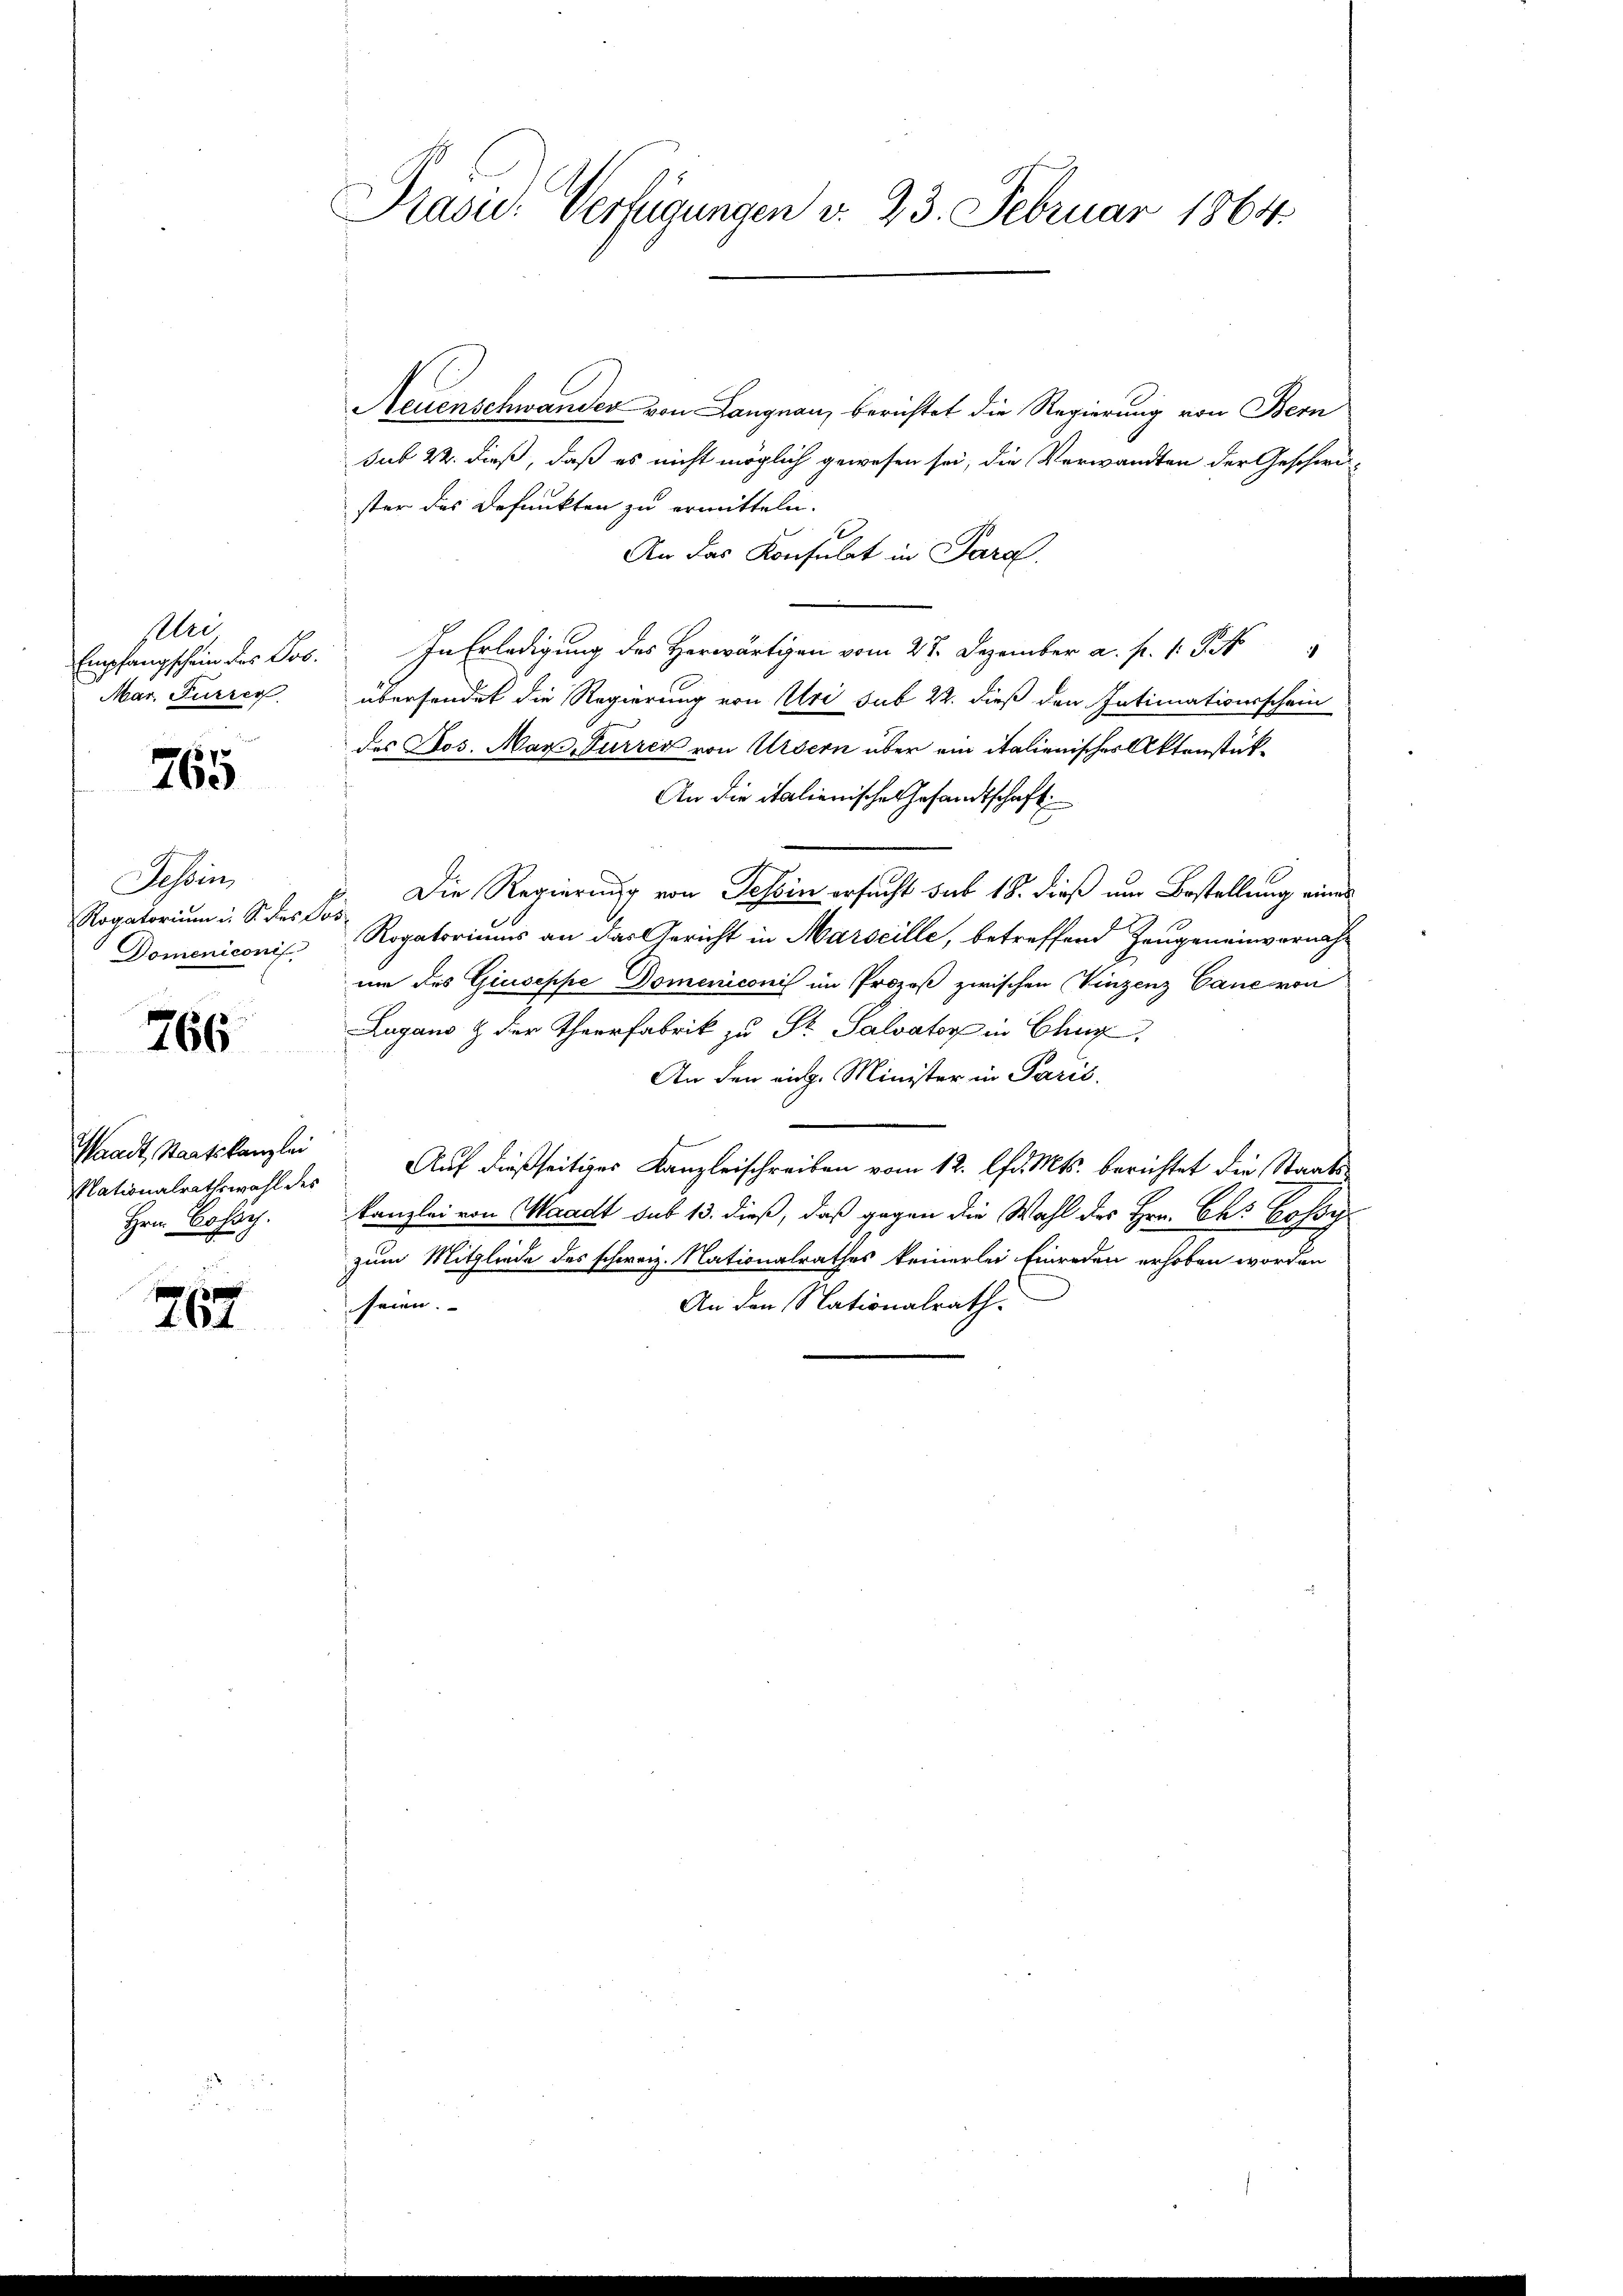
Eelio
Empfangschein des Jos.
Mar. Furrer

765

Tessin
Rogatorium in S. der Pos

766

Waadt, Staatskanzlei
Mationalrathswahl des
Hrn. Cossy.

767

.

Präsid. Verfügungen v. 23. Februar 1864.

Neuenschwander von Langnau, berichtet die Regierung von Bern
sub 22. dieß, daß es nicht möglich gewesen sei, die Verwandten der Geschwi-
ster das Defunkten zu ermitteln.
An das Konsulat in Para
In Erledigung des Herwärtigen vom 22. Dezember a. p. 1. J.
übersendet die Regierung von Uri sub 22. dieß den Intimationsschein
des Jos. Mars, Furrer von Ursern über ein italienischer Aktenstük¬
An die italienische Gesandtschaft
Die Regierung von Tessin ersucht sub 18. dieß um Bestellung eines
Domeniconis Rogatoriums an das Gericht in Marseille, betreffend Zeugeneinvernahum des Giuseppe Domeniconis im Prozoß zwischen Vinzenz Cance von
Lugano & der Theerfabrik zu Dr. Salvator in Chur,
An den eidg. Minister in Paris.
Auf dießseitiges Kanzleischreiben vom 12. lfd. Mts. berichtet die Staats¬
Kanzlei von Waadt sub 13. dieß, daß gegen die Wahl des Hrn. Chs Gossy
zum Mitgliede des schweiz. Nationalrathes keinerlei Einreden erhoben worden
An den Nationalrath.
seien. |